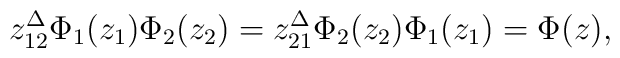
z_{12}^\Delta{\Phi _1(z_1)}{\Phi _2(z_2)}=z_{21}^\Delta{\Phi _2(z_2)}{\Phi _1(z_1)}=\Phi(z),